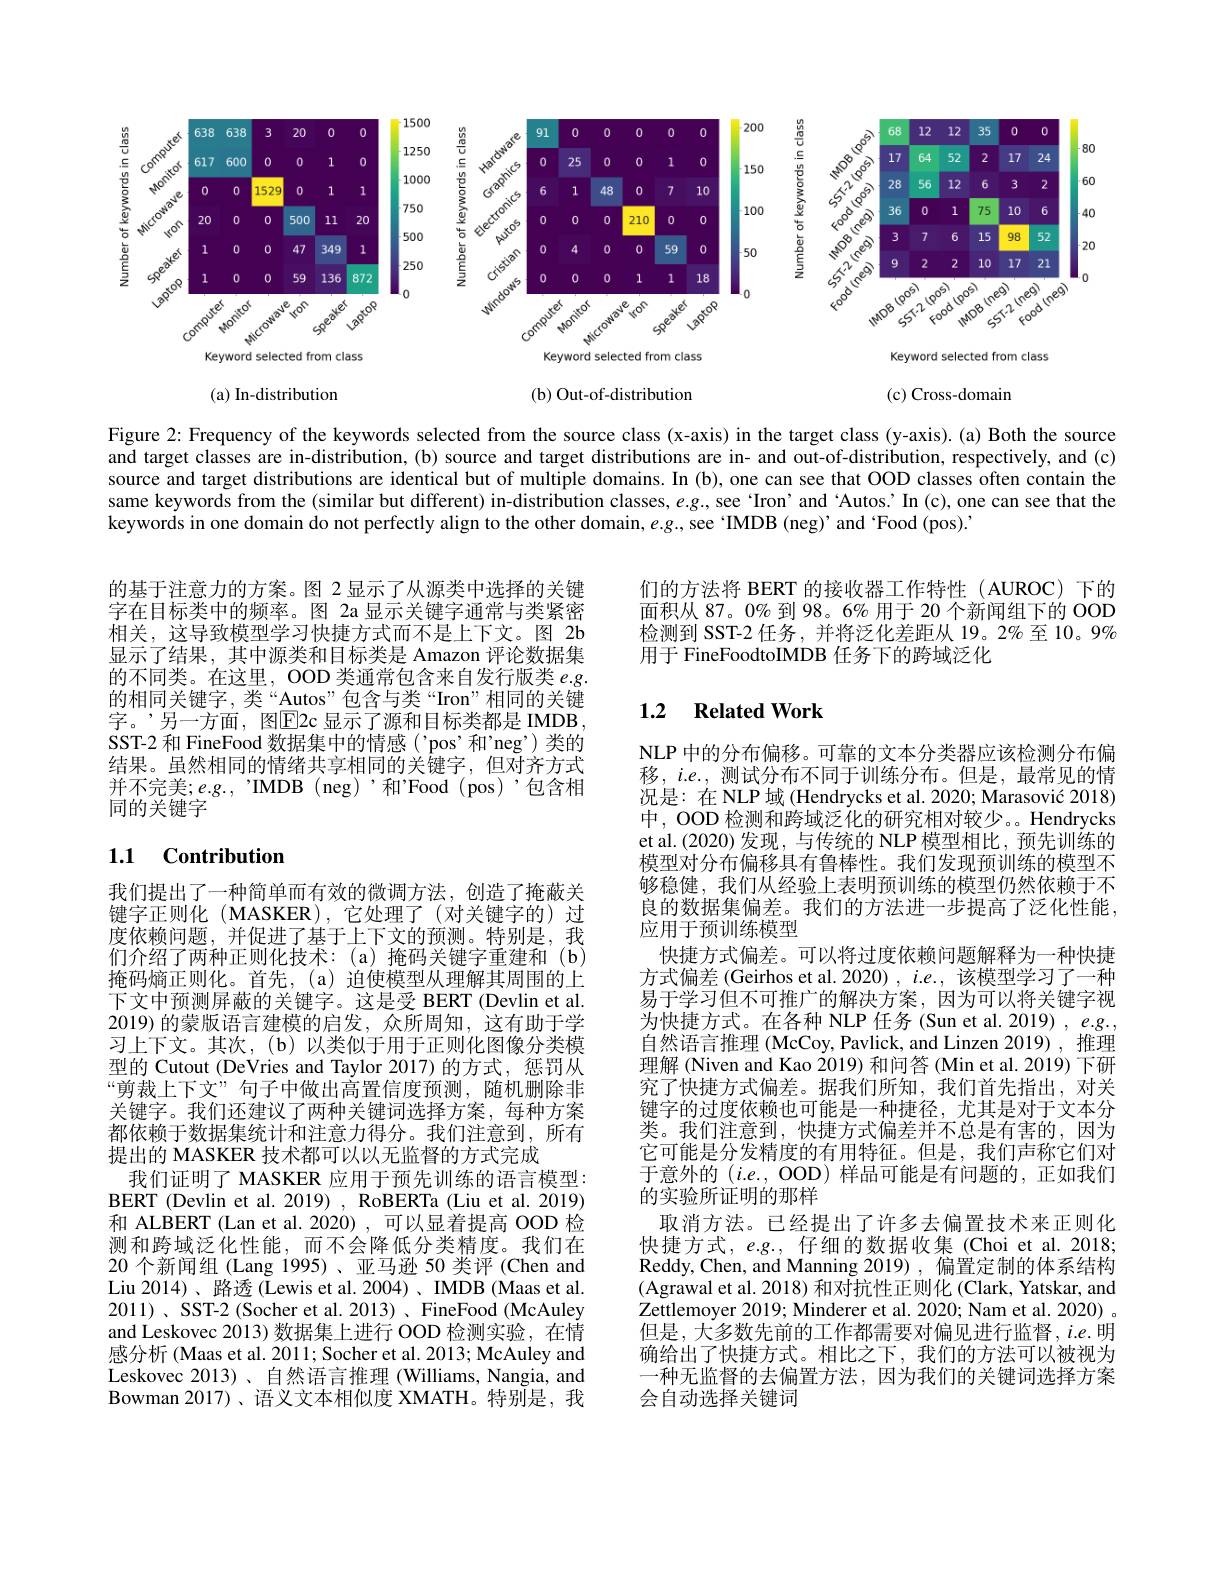
<FigureHere>

(a) In-distribution

(b) Out-of-distribution

(c) Cross-domain

Figure 2: Frequency of the keywords selected from the source class (x-axis) in the target class (y-axis). (a) Both the source and target classes are in-distribution, (b) source and target distributions are in- and out-of-distribution, respectively, and (c) source and target distributions are identical but of multiple domains. In (b), one can see that OOD classes often contain the same keywords from the (similar but different) in-distribution classes, $e.g.$ see ‘Iron’and 'Autos? In (c), one can see that the keywords in one domain do not perfectly align to the other domain, $e.g..$, see 'IMDB (neg)' and ‘Food (pos)’

的基于注意力的方案。图 2 显示了从源类中选择的关键字在目标类中的频率。图 2a 显示关键字通常与类紧密相关，这导致模型学习快捷方式而不是上下文。图 2b 显示了结果，其中源类和目标类是 Amazon 评论数据集的不同类。在这里，OOD 类通常包含来自发行版类$e.g.$ 的相同关键字，类“Autos”包含与类“Iron”相同的关键字。’另一方面，图$\overline{\mathrm{E}}$2c 显示了源和目标类都是 IMDB, SST-2 和 FineFood 数据集中的情感('pos'和'neg’)类的结果。虽然相同的情绪共享相同的关键字，但对齐方式并不完美；e.g., 'IMDB (neg) '和"Food (pos)'包含相同的关键字

### 1.1 Contribution

我们提出了一种简单而有效的微调方法，创造了掩蔽关键字正则化(MASKER),它处理了(对关键字的)过度依赖问题，并促进了基于上下文的预测。特别是，我们介绍了两种正则化技术：(a)掩码关键字重建和(b) 掩码熵正则化。首先，(a)迫使模型从理解其周围的上下文中预测屏蔽的关键字。这是受 BERT(Devlin et al. 2019)的蒙版语言建模的启发，众所周知，这有助于学习上下文。其次，(b)以类似于用于正则化图像分类模型的 Cutout (DeVries and Taylor 2017) 的方式，惩罚从“剪裁上下文”句子中做出高置信度预测，随机删除非关键字。我们还建议了两种关键词选择方案，每种方案都依赖于数据集统计和注意力得分。我们注意到，所有提出的 MASKER 技术都可以以无监督的方式完成
我们证明了 MASKER 应用于预先训练的语言模型： BERT (Devlin et al. 2019) , RoBERTa (Liu et al. 2019) 和 ALBERT (Lan et al. 2020) , 可以显着提高 OOD 检测和跨域泛化性能，而不会降低分类精度。我们在20 个新闻组 (Lang 1995)、亚马逊 50 类评 (Chen and Liu 2014)、路透(Lewis et al. 2004)、IMDB (Maas et al. 2011)、SST-2(Socher et al. 2013)、FineFood(McAuley and Leskovec 2013) 数据集上进行 OOD 检测实验，在情感分析 (Maas et al. 2011; Socher et al. 2013; McAuley and Leskovec 2013)、自然语言推理 (Williams, Nangia, and Bowman 2017)、语义文本相似度 XMATH。特别是，我

们的方法将 BERT 的接收器工作特性 (AUROC) 下的面积从 87。0% 到 98。6% 用于 20 个新闻组下的 OOD 检测到 SST-2 任务，并将泛化差距从 19。2% 至 10。9% 用于 FineFoodtoIMDB 任务下的跨域泛化

## 1.2 Related Work

NLP 中的分布偏移。可靠的文本分类器应该检测分布偏移，$i.e.$,测试分布不同于训练分布。但是，最常见的情况是：在 NLP 域 (Hendrycks et al. 2020; Marasović 2018) 中，OOD 检测和跨域泛化的研究相对较少。。Hendrycks et al.(2020)发现，与传统的 NLP 模型相比，预先训练的模型对分布偏移具有鲁棒性。我们发现预训练的模型不够稳健，我们从经验上表明预训练的模型仍然依赖于不良的数据集偏差。我们的方法进一步提高了泛化性能应用于预训练模型
快捷方式偏差。可以将过度依赖问题解释为一种快捷方式偏差 (Geirhos et al. 2020) , $i.e.$,该模型学习了一种易于学习但不可推广的解决方案，因为可以将关键字视为快捷方式。在各种 NLP 任务 (Sun et al. 2019) , e.g., 自然语言推理 (McCoy, Pavlick, and Linzen 2019), 推理理解 (Niven and Kao 2019) 和问答 (Min et al. 2019) 下研究了快捷方式偏差。据我们所知，我们首先指出，对关键字的过度依赖也可能是一种捷径，尤其是对于文本分类。我们注意到，快捷方式偏差并不总是有害的，因为它可能是分发精度的有用特征。但是，我们声称它们对于意外的$(i.e.$, OOD) 样品可能是有问题的，正如我们的实验所证明的那样
取消方法。已经提出了许多去偏置技术来正则化快捷方式，$e.g.$,仔细的数据收集 (Choi et al. 2018; Reddy, Chen, and Manning 2019) , 偏置定制的体系结构(Agrawal et al. 2018) 和对抗性正则化 (Clark, Yatskar, and Zettlemoyer 2019; Minderer et al. 2020; Nam et al. 2020) 。但是，大多数先前的工作都需要对偏见进行监督，$i.e.$明确给出了快捷方式。相比之下，我们的方法可以被视为一种无监督的去偏置方法，因为我们的关键词选择方案会自动选择关键词